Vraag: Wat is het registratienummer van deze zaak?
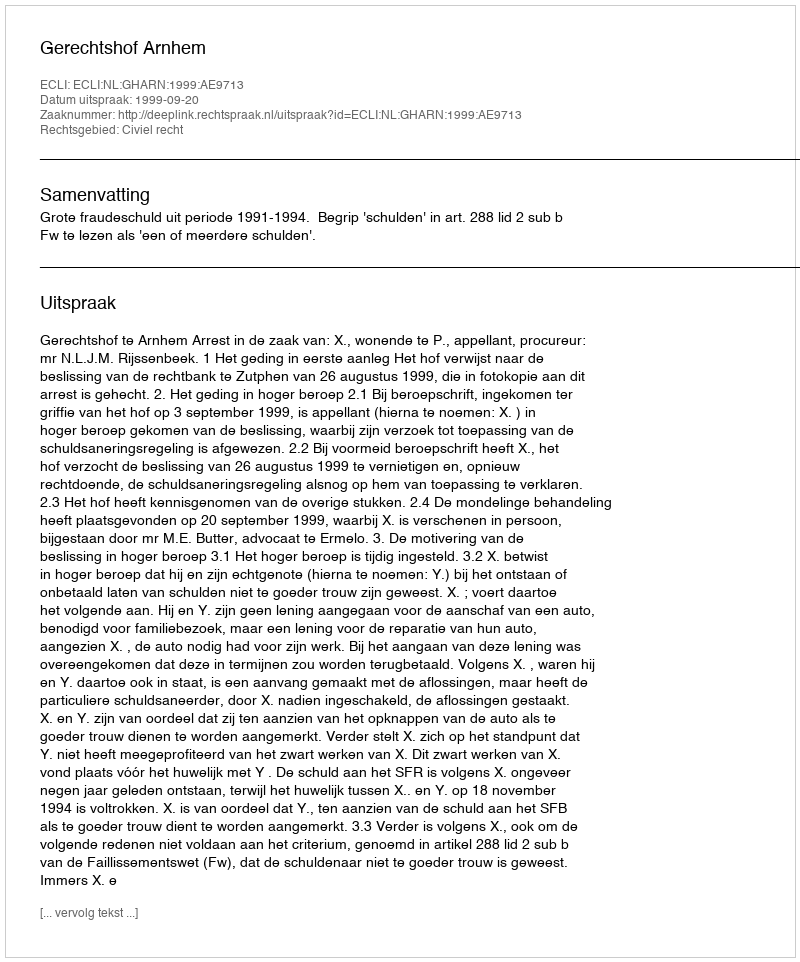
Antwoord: http://deeplink.rechtspraak.nl/uitspraak?id=ECLI:NL:GHARN:1999:AE9713